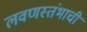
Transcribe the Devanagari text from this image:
लवणस्तंभाची